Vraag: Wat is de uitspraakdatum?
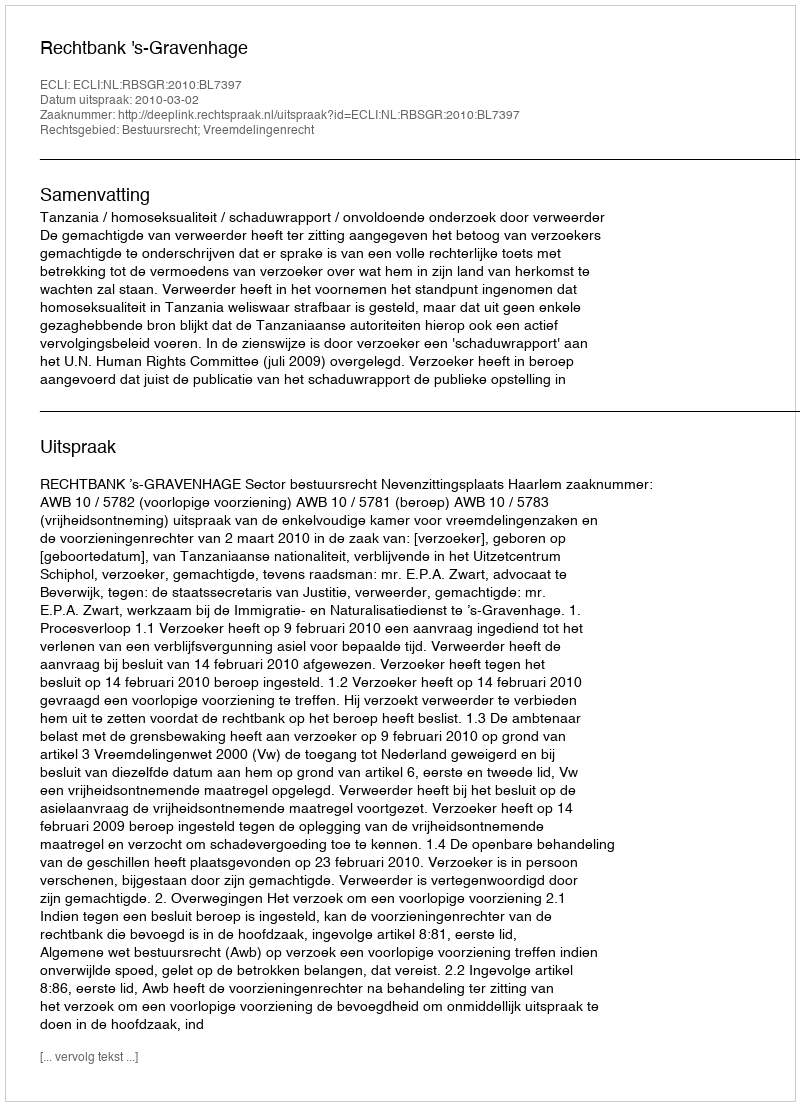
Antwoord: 2010-03-02